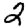
Digit: 2